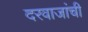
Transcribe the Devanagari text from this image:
दरवाजांची